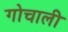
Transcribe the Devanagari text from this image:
गोचाली